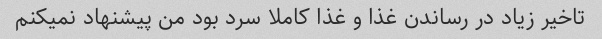
تاخیر زیاد در رساندن غذا و غذا کاملا سرد بود من پیشنهاد نمیکنم